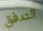
التدفق